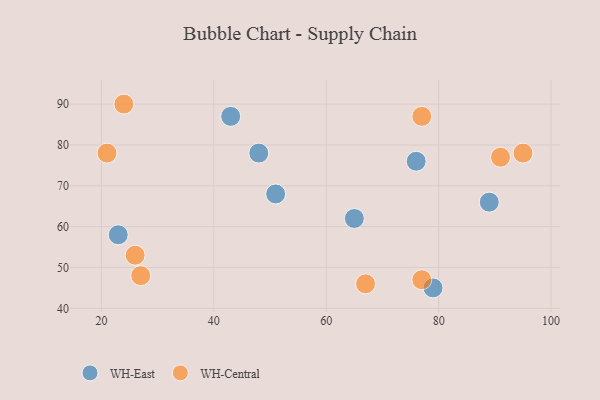
{"axis": {"x": "GDP", "y": "Life Expectancy"}, "legend": ["WH-Central", "WH-East"], "data": [{"x": "79", "y": 45, "type": "WH-East"}, {"x": "89", "y": 66, "type": "WH-East"}, {"x": "48", "y": 78, "type": "WH-East"}, {"x": "65", "y": 62, "type": "WH-East"}, {"x": "51", "y": 68, "type": "WH-East"}, {"x": "76", "y": 76, "type": "WH-East"}, {"x": "43", "y": 87, "type": "WH-East"}, {"x": "23", "y": 58, "type": "WH-East"}, {"x": "24", "y": 90, "type": "WH-Central"}, {"x": "21", "y": 78, "type": "WH-Central"}, {"x": "77", "y": 87, "type": "WH-Central"}, {"x": "95", "y": 78, "type": "WH-Central"}, {"x": "91", "y": 77, "type": "WH-Central"}, {"x": "26", "y": 53, "type": "WH-Central"}, {"x": "27", "y": 48, "type": "WH-Central"}, {"x": "77", "y": 47, "type": "WH-Central"}, {"x": "67", "y": 46, "type": "WH-Central"}]}